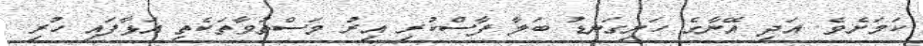
ކަމަށެވެ. އަދި އޭނާގެ ހަށިގަނޑު ބަލާ ފާސްކުރި އިރު މަސްތުވާތަކެތި އަޅާފައި ހުރި